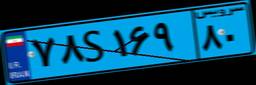
۷۸S۱۶۹۸۰